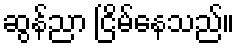
ဆွန်ညာ ငြိမ်နေသည်။